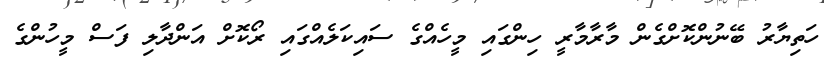
ހަތިޔާރު ބޭނުންކޮށްގެން މާރާމާރީ ހިންގައި މީހެއްގެ ސައިކަލެއްގައި ރޯކޮށް އަންދާލި ފަސް މީހުންގެ